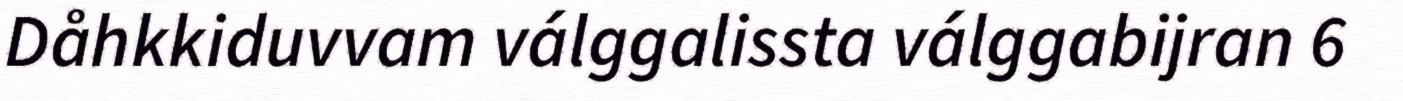
Dåhkkiduvvam válggalissta válggabijran 6